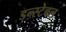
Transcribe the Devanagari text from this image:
डन्स्टेबल